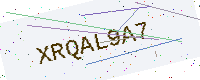
Text: XRQAL9A7